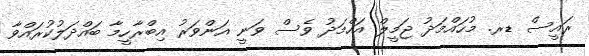
ރައީސް ޑރ. މުހައްމަދު ޖަމީލް އަހްމަދު ވެސް ވަނީ އަންވަރު އިބްރާހީމާ ބައްދަލުކުރައްވާ